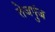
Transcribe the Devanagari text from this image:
तेजपुंज